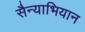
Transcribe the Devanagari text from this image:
सैन्याभियान